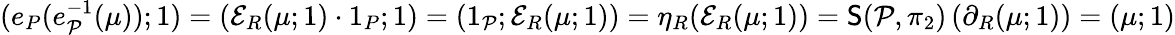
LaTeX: \begin{array}{r}{(e_{P}(e_{\mathcal P}^{-1}(\mu));1)=(\mathcal{E}_{R}(\mu;1)\cdot 1_{P};1)=(1_{\mathcal P};\mathcal{E}_{R}(\mu;1))=\eta_{R}(\mathcal{E}_{R}(\mu;1))=\mathsf{S}(\mathcal P,\pi_{2})\left(\partial_{R}(\mu;1)\right)=(\mu;1)}\end{array}